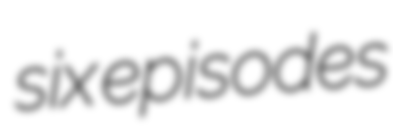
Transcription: six episodes